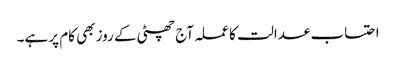
احتساب عدالت کا عملہ آج چھٹی کے روز بھی کام پر ہے۔